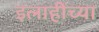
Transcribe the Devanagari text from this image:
इलाहींच्या